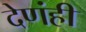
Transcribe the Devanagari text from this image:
देणंही